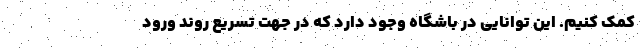
کمک کنیم. این توانایی در باشگاه وجود دارد که در جهت تسریع روند ورود